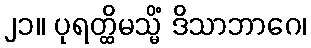
၂၁။ ပုရတ္ထိမသ္မိံ ဒိသာဘာဂေ၊